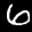
Label: 6